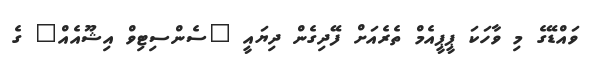
ވައްޑޭގެ މި ވާހަކަ ޕީޕީއެމް ތެރެއަށް ފޭދިގެން ދިޔައީ "ސެންސިޓިވް އިޝޫއެއް" ގެ